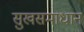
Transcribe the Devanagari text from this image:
सुखसमाधान